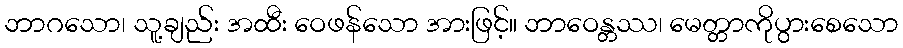
ဘာဂသော၊ သူ့ချည်း အထီး ဝေဖန်သော အားဖြင့်။ ဘာဝေန္တဿ၊ မေတ္တာကိုပွားစေသော